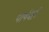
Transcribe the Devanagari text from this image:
पार्षदही